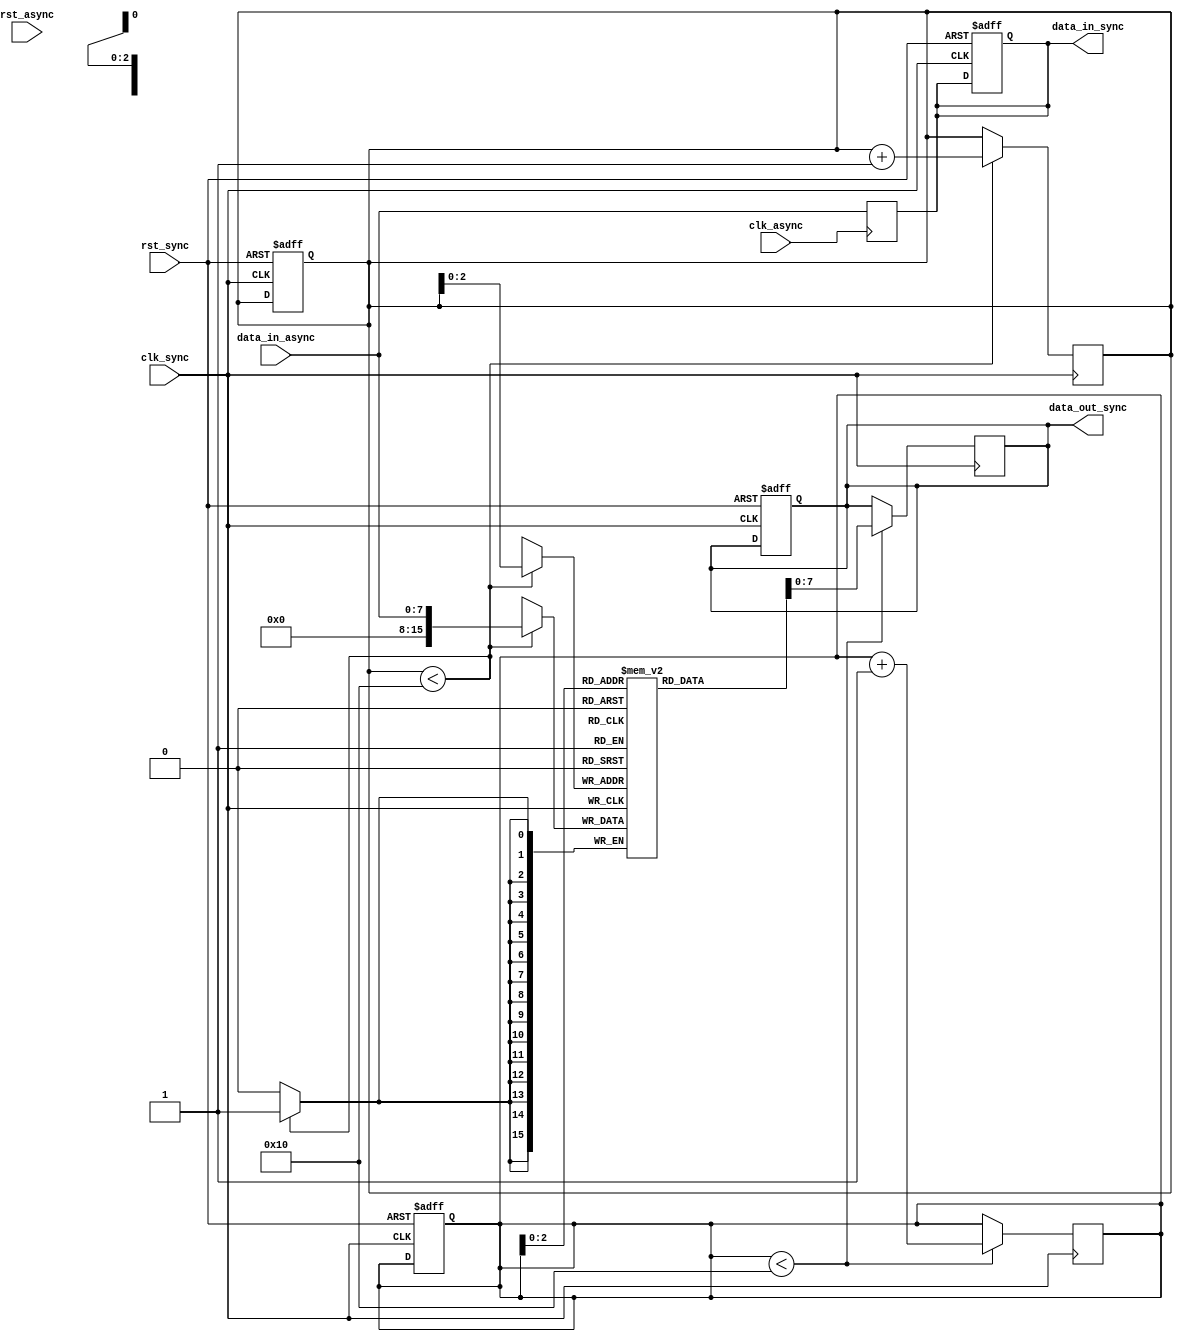
module async_fifo_synchronizer (
  input wire clk_async,
  input wire rst_async,
  input wire [DATA_WIDTH-1:0] data_in_async,
  output reg [DATA_WIDTH-1:0] data_out_sync,
  input wire clk_sync,
  output reg [DATA_WIDTH-1:0] data_in_sync,
  input wire rst_sync
);

// Parameters
parameter DATA_WIDTH = 8;
parameter FIFO_DEPTH = 16;

// Internal signals
reg [FIFO_DEPTH-1:0] storage [DATA_WIDTH-1:0];
reg [FIFO_DEPTH-1:0] read_pointer;
reg [FIFO_DEPTH-1:0] write_pointer;

// Reset logic
always @(posedge clk_sync or posedge rst_sync) begin
  if (rst_sync) begin
    read_pointer <= 0;
    write_pointer <= 0;
    data_out_sync <= 0;
    data_in_sync <= 0;
  end
end

// Read pointer logic
always @(posedge clk_sync) begin
  if (read_pointer < FIFO_DEPTH) begin
    data_out_sync <= storage[read_pointer];
    read_pointer <= read_pointer + 1;
  end
end

// Write pointer logic
always @(posedge clk_sync) begin
  if (write_pointer < FIFO_DEPTH) begin
    storage[write_pointer] <= data_in_async;
    write_pointer <= write_pointer + 1;
  end
end

// Synchronize input data
always @(posedge clk_async) begin
  data_in_sync <= data_in_async;
end

endmodule